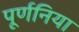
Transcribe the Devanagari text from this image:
पूर्णनिया